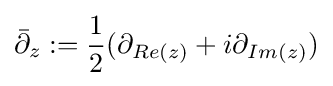
{\bar {\partial }}_{z}:={\frac {1}{2}}(\partial _{Re(z)}+i\partial _{Im(z)})